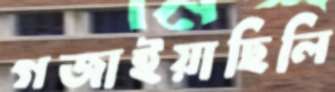
গজাইয়াছিলি